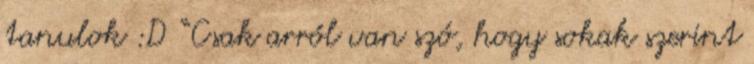
tanulok :D “Csak arról van szó, hogy sokak szerint